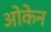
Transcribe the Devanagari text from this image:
ओकेन